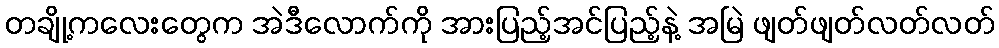
တချို့ကလေးတွေက အဲဒီလောက်ကို အားပြည့်အင်ပြည့်နဲ့ အမြဲ ဖျတ်ဖျတ်လတ်လတ်